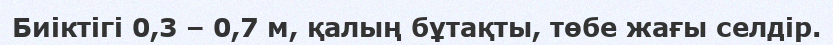
Биіктігі 0,3 – 0,7 м, қалың бұтақты, төбе жағы селдір.